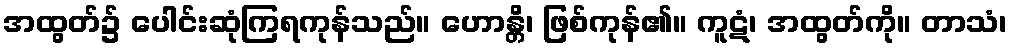
အထွတ်၌ ပေါင်းဆုံကြရကုန်သည်။ ဟောန္တိ၊ ဖြစ်ကုန်၏။ ကူဋံ၊ အထွတ်ကို။ တာသံ၊